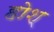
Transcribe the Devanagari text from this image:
होश्